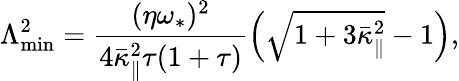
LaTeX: \Lambda_{\operatorname*{min}}^{2}=\frac{(\eta\omega_{\ast})^{2}}{4\bar{\kappa}_{\| }^{2}\tau(1+\tau)}\left(\sqrt{1+3\bar{\kappa}_{\| }^{2}}-1\right),